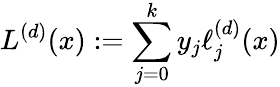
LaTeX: L^{(d)}(x):=\sum_{j=0}^{k}y_{j}\ell_{j}^{(d)}(x)